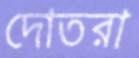
দোতরা